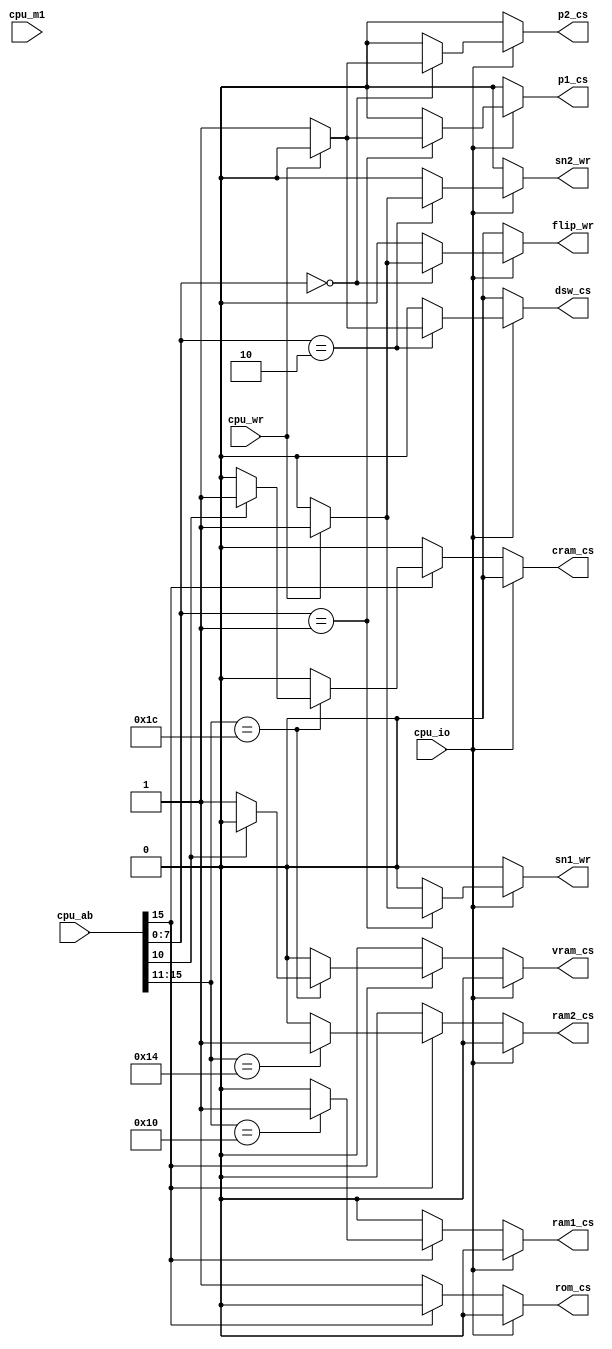

// I/O is not fully decoded yet
//
// CPU writes the following bits on port 0:
// ....xx.x = ?
// ......x. = horizontal flip
//
// Port 3: ???
//

module jg_decode(
  input [15:0] cpu_ab,
  input cpu_io,
  input cpu_m1,
  input cpu_wr,

  output reg rom_cs,
  output reg ram1_cs,
  output reg ram2_cs,
  output reg vram_cs,
  output reg cram_cs,
  output reg p1_cs,
  output reg p2_cs,
  output reg dsw_cs,
  output reg flip_wr,
  output reg sn1_wr,
  output reg sn2_wr
);

reg unmap;

always @* begin
  unmap = 1'b0;

  rom_cs   = 0;
  ram1_cs  = 0;
  ram2_cs  = 0;
  vram_cs  = 0;
  cram_cs  = 0;
  p1_cs    = 0;
  p2_cs    = 0;
  dsw_cs   = 0;
  flip_wr  = 0;
  sn1_wr   = 0;
  sn2_wr   = 0;

  if (cpu_io) begin
    case (cpu_ab[7:0])
      8'd0:
        if (cpu_wr)
          flip_wr = 1'b1;
        else
          p2_cs  = 1'b1;
      8'd1:
        if (cpu_wr)
          sn1_wr = 1'b1;
        else
          p1_cs  = 1'b1;
      8'd2:
        if (cpu_wr)
          sn2_wr = 1'b1;
        else
          dsw_cs = 1'b1;
      8'd3: /* ?? */;
      default: unmap = 1'b1;
    endcase
  end
  else begin
    if (~cpu_ab[15]) begin
      rom_cs = 1'b1;
    end
    else begin
      case (cpu_ab[15:11])
        5'b10000: ram1_cs = 1'b1;
        5'b10100: ram2_cs = 1'b1;
        5'b11100:
          if (cpu_ab[10]) begin // $E400-$E7FF
            cram_cs = 1'b1;
          end
          else begin // $E000-$E3FF
            vram_cs = 1'b1;
          end
        default: unmap = 1'b1;
      endcase
    end
  end

end


endmodule